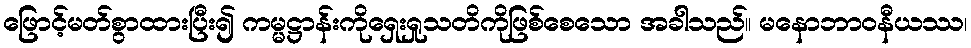
ဖြောင့်မတ်စွာထားပြီး၍ ကမ္မဋ္ဌာန်းကိုရှေးရှုသတိကိုဖြစ်စေသော အခါသည်။ မနောဘာဝနီယဿ၊